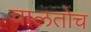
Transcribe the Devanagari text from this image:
चालतोच